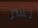
تسر